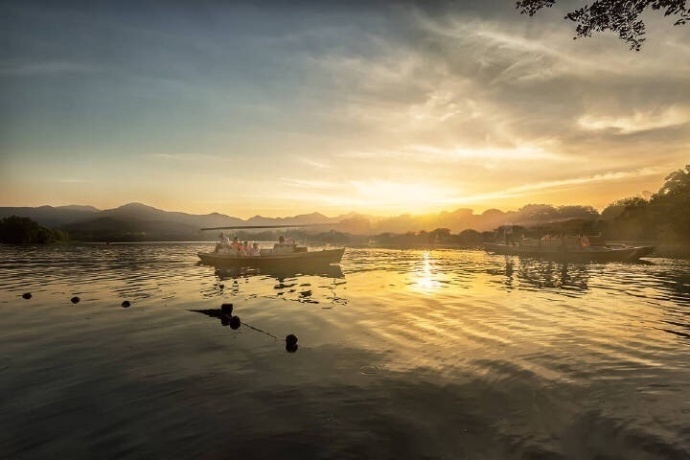
已恨碧山相阻隔，碧山还被暮云遮。